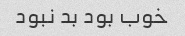
خوب بود بد نبود